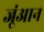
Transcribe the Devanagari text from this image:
जूंआन